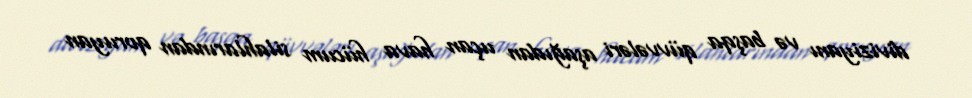
diviziyanı və başqa qüvvələri aşağıdan uçan hava hücum silahlarından qoruyan